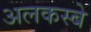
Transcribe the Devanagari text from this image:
अलकस्बे